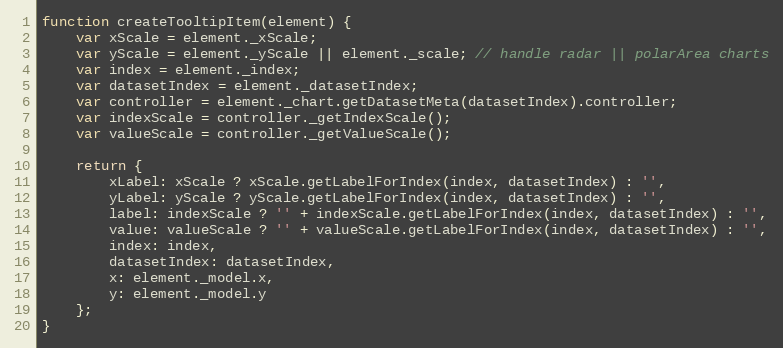
Language: JavaScript
function createTooltipItem(element) {
	var xScale = element._xScale;
	var yScale = element._yScale || element._scale; // handle radar || polarArea charts
	var index = element._index;
	var datasetIndex = element._datasetIndex;
	var controller = element._chart.getDatasetMeta(datasetIndex).controller;
	var indexScale = controller._getIndexScale();
	var valueScale = controller._getValueScale();

	return {
		xLabel: xScale ? xScale.getLabelForIndex(index, datasetIndex) : '',
		yLabel: yScale ? yScale.getLabelForIndex(index, datasetIndex) : '',
		label: indexScale ? '' + indexScale.getLabelForIndex(index, datasetIndex) : '',
		value: valueScale ? '' + valueScale.getLabelForIndex(index, datasetIndex) : '',
		index: index,
		datasetIndex: datasetIndex,
		x: element._model.x,
		y: element._model.y
	};
}